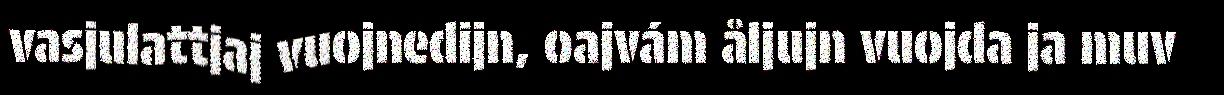
vasjulattjaj vuojnedijn, oajvám åljujn vuojda ja muv